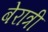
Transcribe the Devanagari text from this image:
बेरात्री